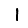
Digit: 1